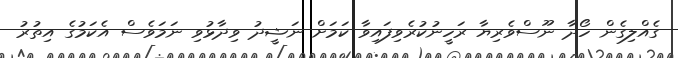
ގެއްލިގެން ހޯދާ ނޫސްވެރިޔާ ރަހީނުކުރެވިފައިވާ ކަމަށް ނަޝީދު ވިދާޅުވި ނަމަވެސް އެކަމުގެ އިތުރު